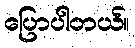
ပြောပါတယ်။